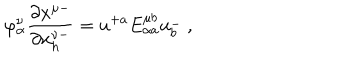
\varphi _ { \alpha } ^ { \nu } { \frac { \partial { x ^ { \mu - } } } { \partial { x _ { h } ^ { \nu - } } } } = u ^ { + a } E _ { \alpha a } ^ { \mu b } u _ { b } ^ { - } \ ,